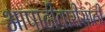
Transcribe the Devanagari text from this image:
आषाढीवारीसाठी